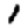
Digit: 1